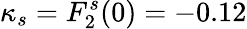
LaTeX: \kappa_{s}=F_{2}^{s}(0)=-0.12